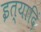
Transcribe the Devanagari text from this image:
इत्यादिं